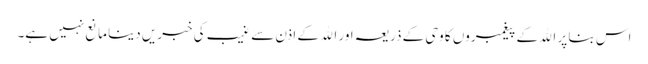
اس بنا پر الله کے پیغمبروں کا وحی کے ذریعہ اور الله کے اذن سے غیب کی خبریں دینا مانع نہیں ہے۔